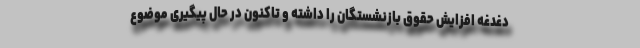
دغدغه افزایش حقوق بازنشستگان را داشته‌ و تاکنون در حال پیگیری موضوع